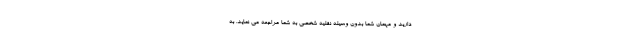
دارید و مهمان شما بدون وسیله نقلیه شخصی به شما مراجعه می نماید. به